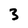
Character: 3